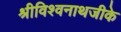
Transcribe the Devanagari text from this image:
श्रीविश्वनाथजीके